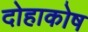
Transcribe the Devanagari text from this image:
दोहाकोष